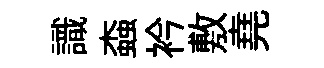
識螙衿敷堯